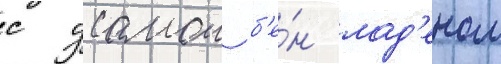
с усамои б'е́н лад'еном